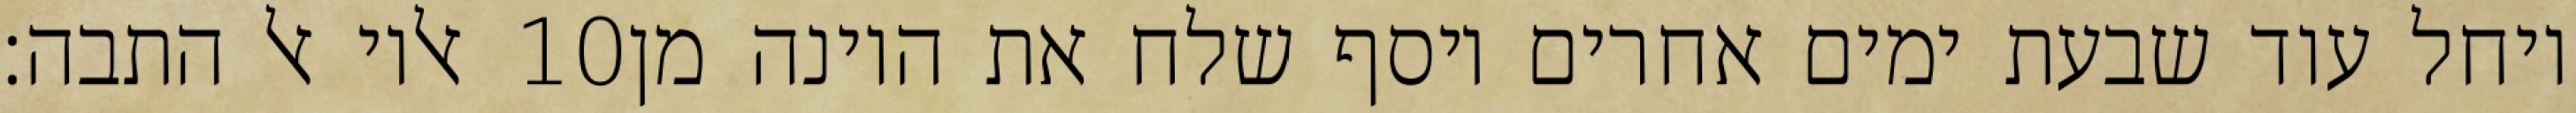
אליו אל התבה׃ ‎10‏ ויחל עוד שבעת ימים אחרים ויסף שלח את היונה מן